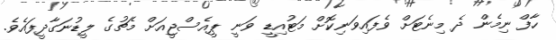
ހާފް ނިމެން ދެ މިނެޓަށް ވެފައިވަނިކޮށް މަޓުއިޑީ ވަނީ ޕީއެސްޖީއަށް މެޗުގެ ލީޑުނަގާދީފައެވެ.